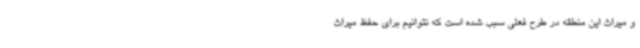
و میراث این منطقه در طرح فعلی سبب شده است که نتوانیم برای حفظ میراث